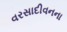
વરસાદીવનના